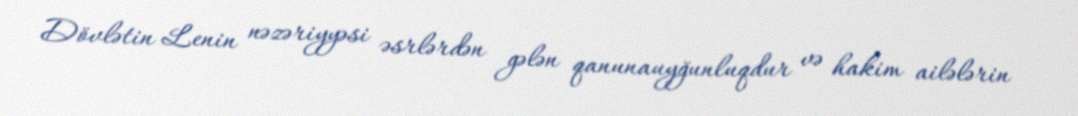
Dövlətin Lenin nəzəriyyəsi əsrlərdən gələn qanunauyğunluqdur və hakim ailələrin